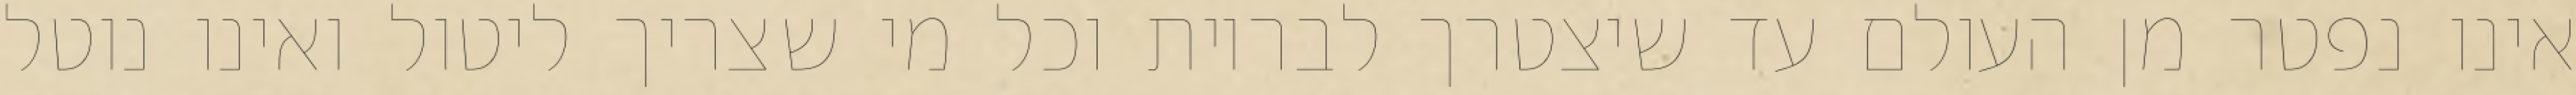
אינו נפטר מן העולם עד שיצטרך לבריות וכל מי שצריך ליטול ואינו נוטל